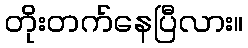
တိုးတက်နေပြီလား။